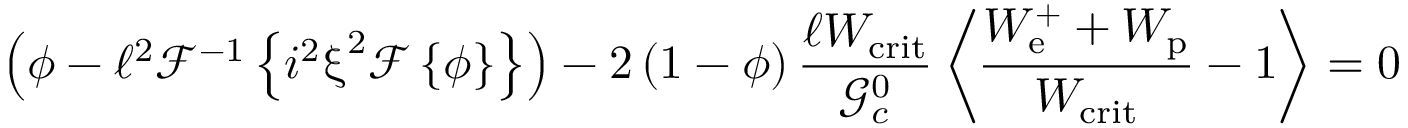
\left( \phi - \ell ^ { 2 } \mathcal { F } ^ { - 1 } \left\{ i ^ { 2 } \boldsymbol { \upxi } ^ { 2 } \mathcal { F } \left\{ \phi \right\} \right\} \right) - 2 \left( 1 - \phi \right) \frac { \ell W _ { \mathrm { c r i t } } } { \mathcal { G } _ { c } ^ { 0 } } \left\langle \frac { W _ { \mathrm { e } } ^ { + } + W _ { \mathrm { p } } } { W _ { \mathrm { c r i t } } } - 1 \right\rangle = 0